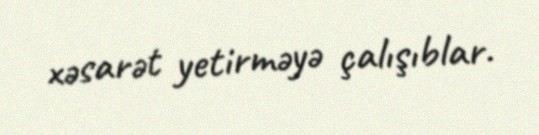
xəsarət yetirməyə çalışıblar.